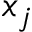
x _ { j }